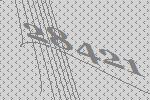
28421